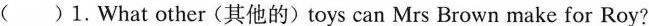
( )1.What other(其他的)toys can Mrs Brown make for Roy?